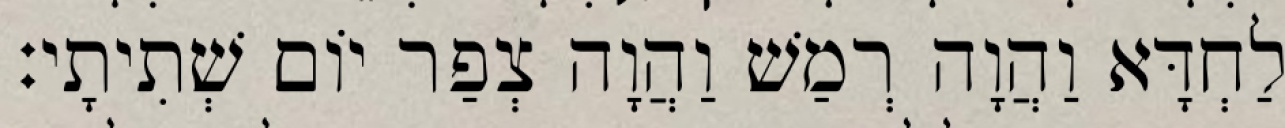
לַחְדָּא וַהֲוָה רְמַשׁ וַהֲוָה צְפַר יוֹם שְׁתִיתָי׃